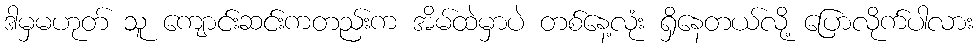
ဒါမှမဟုတ် သူ ကျောင်းဆင်းကတည်းက အိမ်ထဲမှာပဲ တစ်နေ့လုံး ရှိနေတယ်လို့ ပြောလိုက်ပါလား